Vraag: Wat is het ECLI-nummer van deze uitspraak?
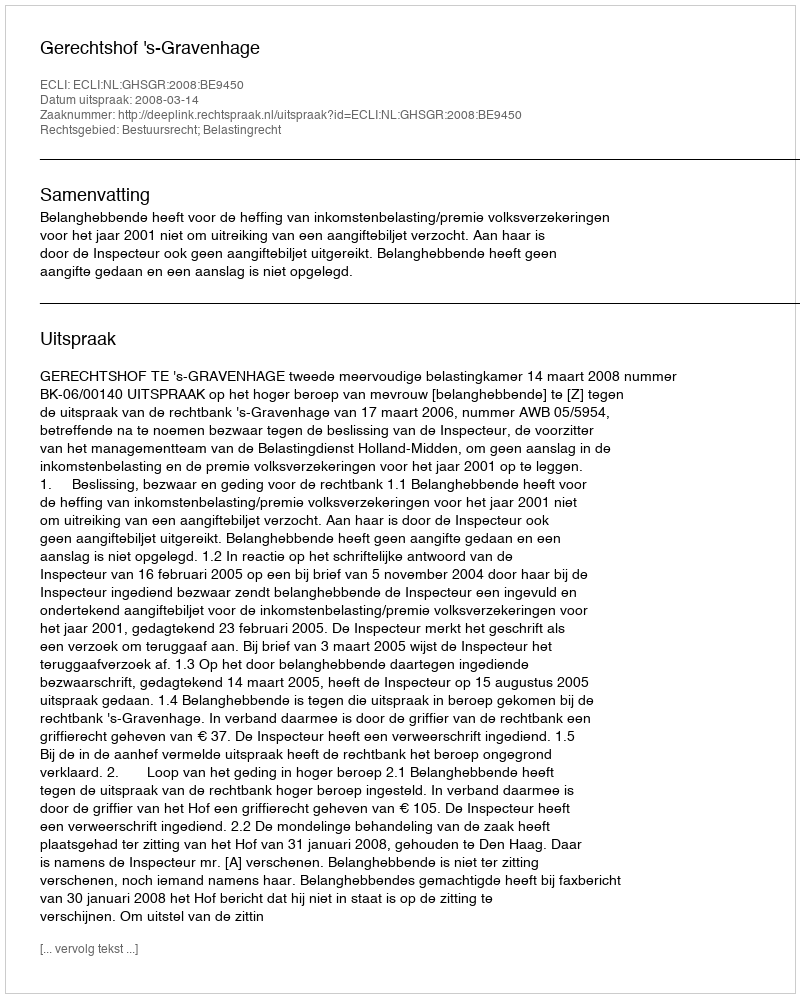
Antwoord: ECLI:NL:GHSGR:2008:BE9450